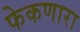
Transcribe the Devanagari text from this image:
फेकणारा